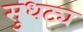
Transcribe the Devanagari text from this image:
सुधट्य